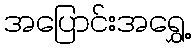
အပြောင်းအရွှေ့